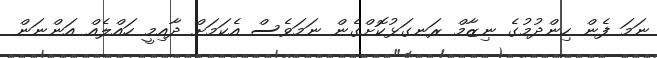
ނަމަ ފެން ހިންދުމުގެ ނިޒާމް ރަނގަޅުކޮށްގެން ނަމަވެސް އެކަމަށް ދާއިމީ ހައްލެއް އަންނަން